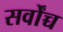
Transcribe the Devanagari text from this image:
सर्वोंच्च